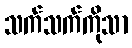
သက်သက်ကိုသာ